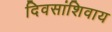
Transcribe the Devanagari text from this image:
दिवसांशिवाय